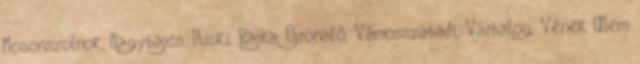
Mosonszolnok, Nagybajcs, Püski, Rajka, Újrónafő, Vámosszabadi, Várbalog, Vének ▪Nem